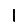
Digit: 1